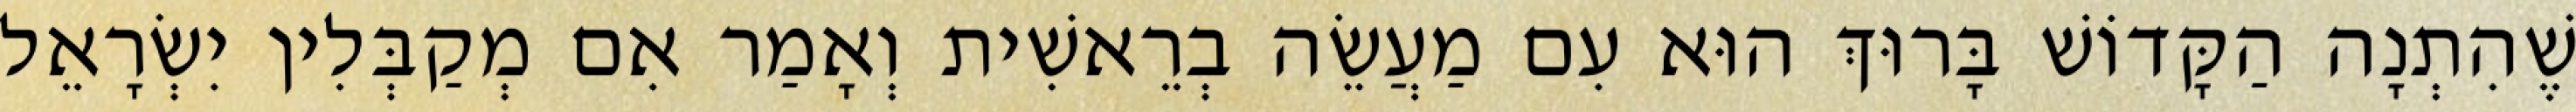
שֶׁהִתְנָה הַקָּדוֹשׁ בָּרוּךְ הוּא עִם מַעֲשֵׂה בְרֵאשִׁית וְאָמַר אִם מְקַבְּלִין יִשְׂרָאֵל